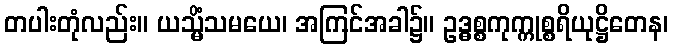
တပါးတုံလည်း။ ယသ္မိံသမယေ၊ အကြင်အခါ၌။ ဥဒ္ဓစ္စကုက္ကုစ္စရိယုဋ္ဌိတေန၊